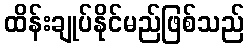
ထိန်းချုပ်နိုင်မည်ဖြစ်သည်